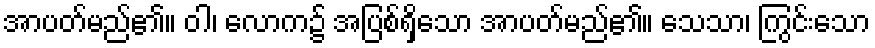
အာပတ်မည်၏။ ဝါ၊ လောက၌ အပြစ်ရှိသော အာပတ်မည်၏။ သေသာ၊ ကြွင်းသော